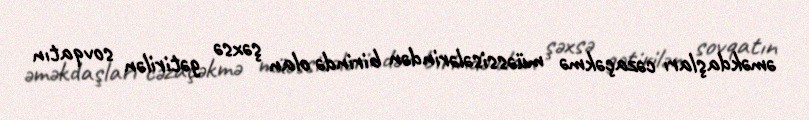
əməkdaşları cəzaçəkmə müəssisələrindən birində olan şəxsə gətirilən sovqatın